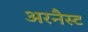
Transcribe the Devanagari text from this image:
अरनैस्ट